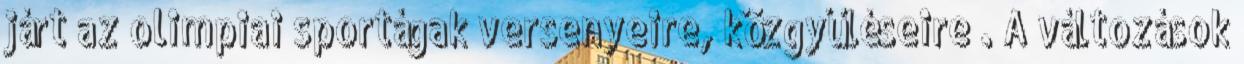
járt az olimpiai sportágak versenyeire, közgyűléseire . A változások